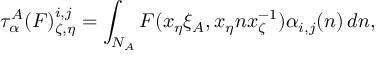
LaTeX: \tau _ { \alpha } ^ { A } ( F ) _ { \zeta , \eta } ^ { i , j } = \int _ { N _ { A } } F ( x _ { \eta } \xi _ { A } , x _ { \eta } n x _ { \zeta } ^ { - 1 } ) \alpha _ { i , j } ( n ) \, d n ,